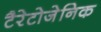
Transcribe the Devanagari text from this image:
टैरेटोजेनिक